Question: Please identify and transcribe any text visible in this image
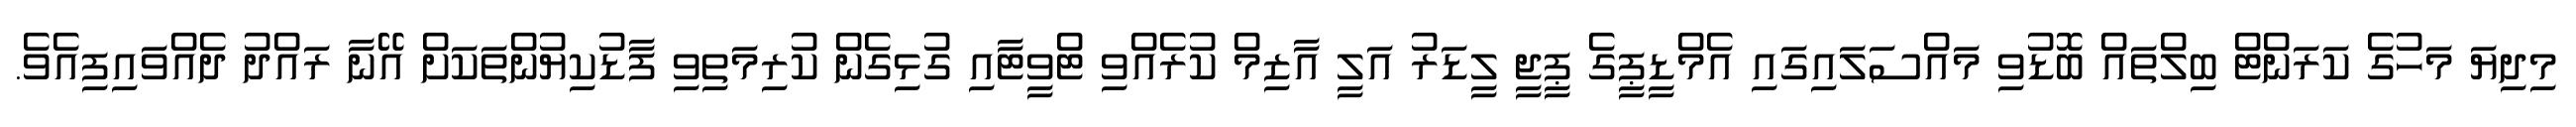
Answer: މިދިޔަ މަހުގެ ކަރަންޓް ބިލްތައް ބޮޑުވި މައްސަލައިގައި އެމްޑީޕީގެ ޕީޖީ ލީޑަރު އަލީ އާޒިމް ކުރެއްވި ޓްވީޓާއި ގުޅިގެން ކުރިމަތިވި ފާޑުކިޔުންތަކަށް އޭނާ ރައްދު ދެއްވައިފިއެވެ.